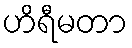
ဟိရီမတာ